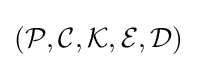
({\mathcal {P}},{\mathcal {C}},{\mathcal {K}},{\mathcal {E}},{\mathcal {D}})